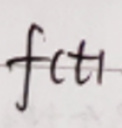
$f(c)$